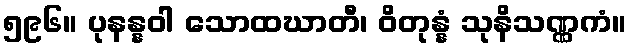
၅၉၆။ ပုနန္နဝါ သောထဃာတီ၊ ဝိတုန္နံ သုနိသဏ္ဏကံ။